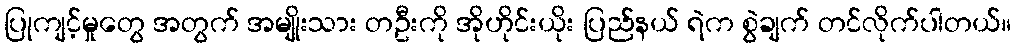
ပြုကျင့်မှုတွေ အတွက် အမျိုးသား တဦးကို အိုဟိုင်းယိုး ပြည်နယ် ရဲက စွဲချက် တင်လိုက်ပါတယ်။